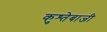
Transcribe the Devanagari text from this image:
कुश्तेबाजी